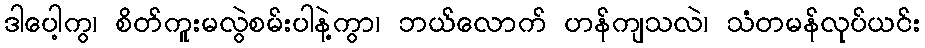
ဒါပေါ့ကွ၊ စိတ်ကူးမလွဲစမ်းပါနဲ့ကွာ၊ ဘယ်လောက် ဟန်ကျသလဲ၊ သံတမန်လုပ်ယင်း